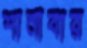
শানাবার